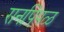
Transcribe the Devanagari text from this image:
रानपिंपळ